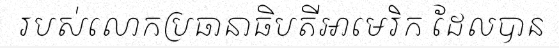
របស់លោកប្រធានាធិបតីអាមេរិក ដែលបាន